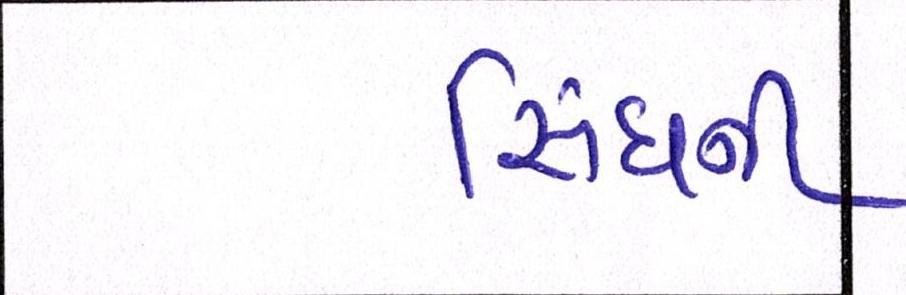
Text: સિંઘની